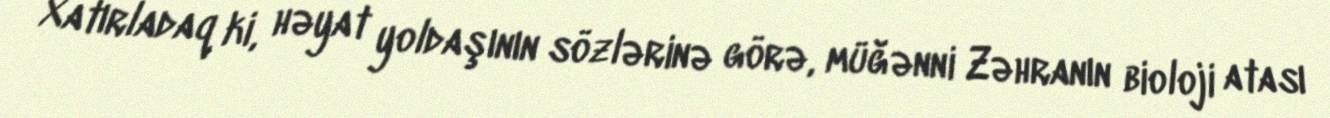
Xatırladaq ki, həyat yoldaşının sözlərinə görə, müğənni Zəhranın bioloji atası